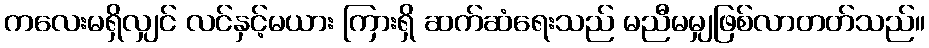
ကလေးမရှိလျှင် လင်နှင့်မယား ကြားရှိ ဆက်ဆံရေးသည် မညီမမျှဖြစ်လာတတ်သည်။